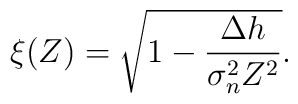
\xi(Z) = \sqrt{1-\frac{\Delta h}{\sigma_n^2 Z^2}}.